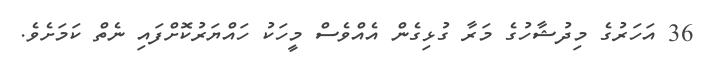
36 އަހަރުގެ މިދުޝާހުގެ މަރާ ގުޅިގެން އެއްވެސް މީހަކު ހައްޔަރުކޮށްފައި ނެތް ކަމަށެވެ.